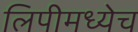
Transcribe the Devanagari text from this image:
लिपीमध्येच